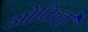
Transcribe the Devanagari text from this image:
ओफिली